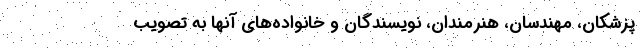
پزشکان، مهندسان، هنرمندان، نویسندگان و خانواده‌های آنها به تصویب